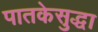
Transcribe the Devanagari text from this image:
पातकेसुद्धा